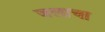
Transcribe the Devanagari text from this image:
जलाचा